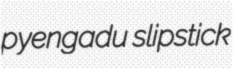
pyengadu slipstick